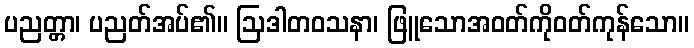
ပညတ္တာ၊ ပညတ်အပ်၏။ ဩဒါတဝသနာ၊ ဖြူသောအဝတ်ကိုဝတ်ကုန်သော။